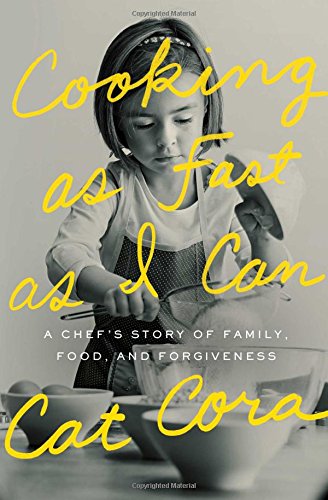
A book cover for Cooking as Fast as I Can: A Chef's Story of Family, Food, and Forgiveness; Cat Cora; Gay & Lesbian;